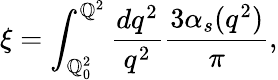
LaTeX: \xi=\int_{\mathbb{Q}_{0}^{2}}^{\mathbb{Q}^{2}}\frac{{dq^{2}}}{{q^{2}}}\frac{{3\alpha_{s}(q^{2})}}{{\pi}},